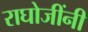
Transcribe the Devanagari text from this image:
राघोजींनी